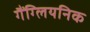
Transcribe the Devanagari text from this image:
गैंग्लियनिक